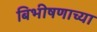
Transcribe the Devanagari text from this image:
बिभीषणाच्या